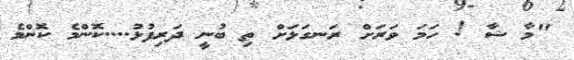
"މާ ޝާ ! ހަމަ ވަރަށް ރަނގަޅަށް ތި ބުނީ ދަރިފުޅު....ކޮންމެ ކޮންމެ